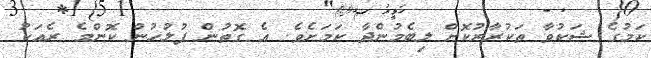
ކަމުގެ ޝަކުވާ ތަކުރާރުކޮށް ލިބެމުންދާ ކަމަށެވެ. އެ ގޮތުން ފުލުހުން ކޮންމެ ރެއަކު